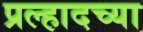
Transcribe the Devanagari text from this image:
प्रल्हादच्या